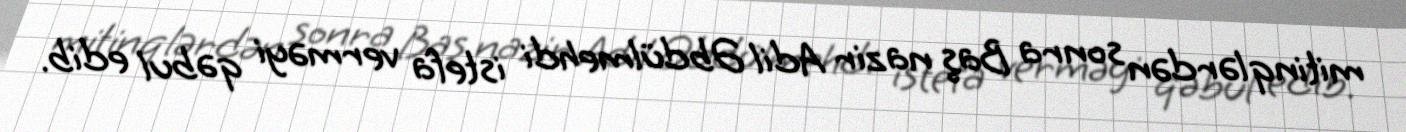
mitinqlərdən sonra Baş nazir Adil Əbdülmehdi istefa verməyi qəbul edib.